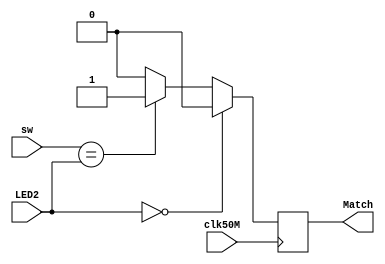
module Compare(clk50M,sw,LED2,Match);
	input clk50M;
	input [7:0]sw;
	input [7:0]LED2;
	output reg Match;
	//Declare inputs and output.
	
	always@(posedge clk50M) begin
		if (LED2 == 8'b00000000)
			Match = 1'b0;
		//Don't turn on if there are
		//no LEDs to compare to.
		
		else begin
			if (sw[7:0] == LED2[7:0])
				Match = 1'b1;
			//If the two sets are equal,
			//output a 1 to acknowledge
			//that they match.
			
			else
				Match = 1'b0;
			//If the two sets aren't
			//equal, output a 0.
		end
	end
	
endmodule